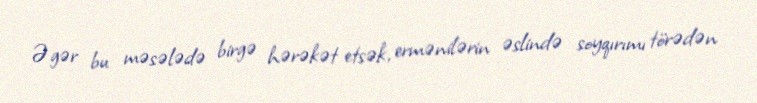
Əgər bu məsələdə birgə hərəkət etsək, ermənilərin əslində soyqırımı törədən